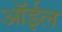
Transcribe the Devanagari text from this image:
ऑर्इल